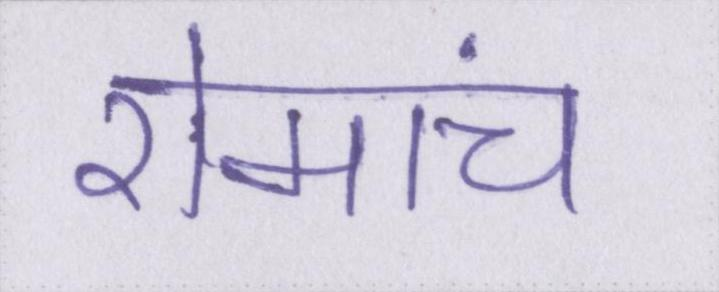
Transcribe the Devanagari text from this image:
रोमांच